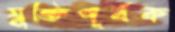
যুক্তিপূর্বক